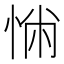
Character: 𢛎